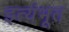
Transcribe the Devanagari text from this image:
इत्यंभूत